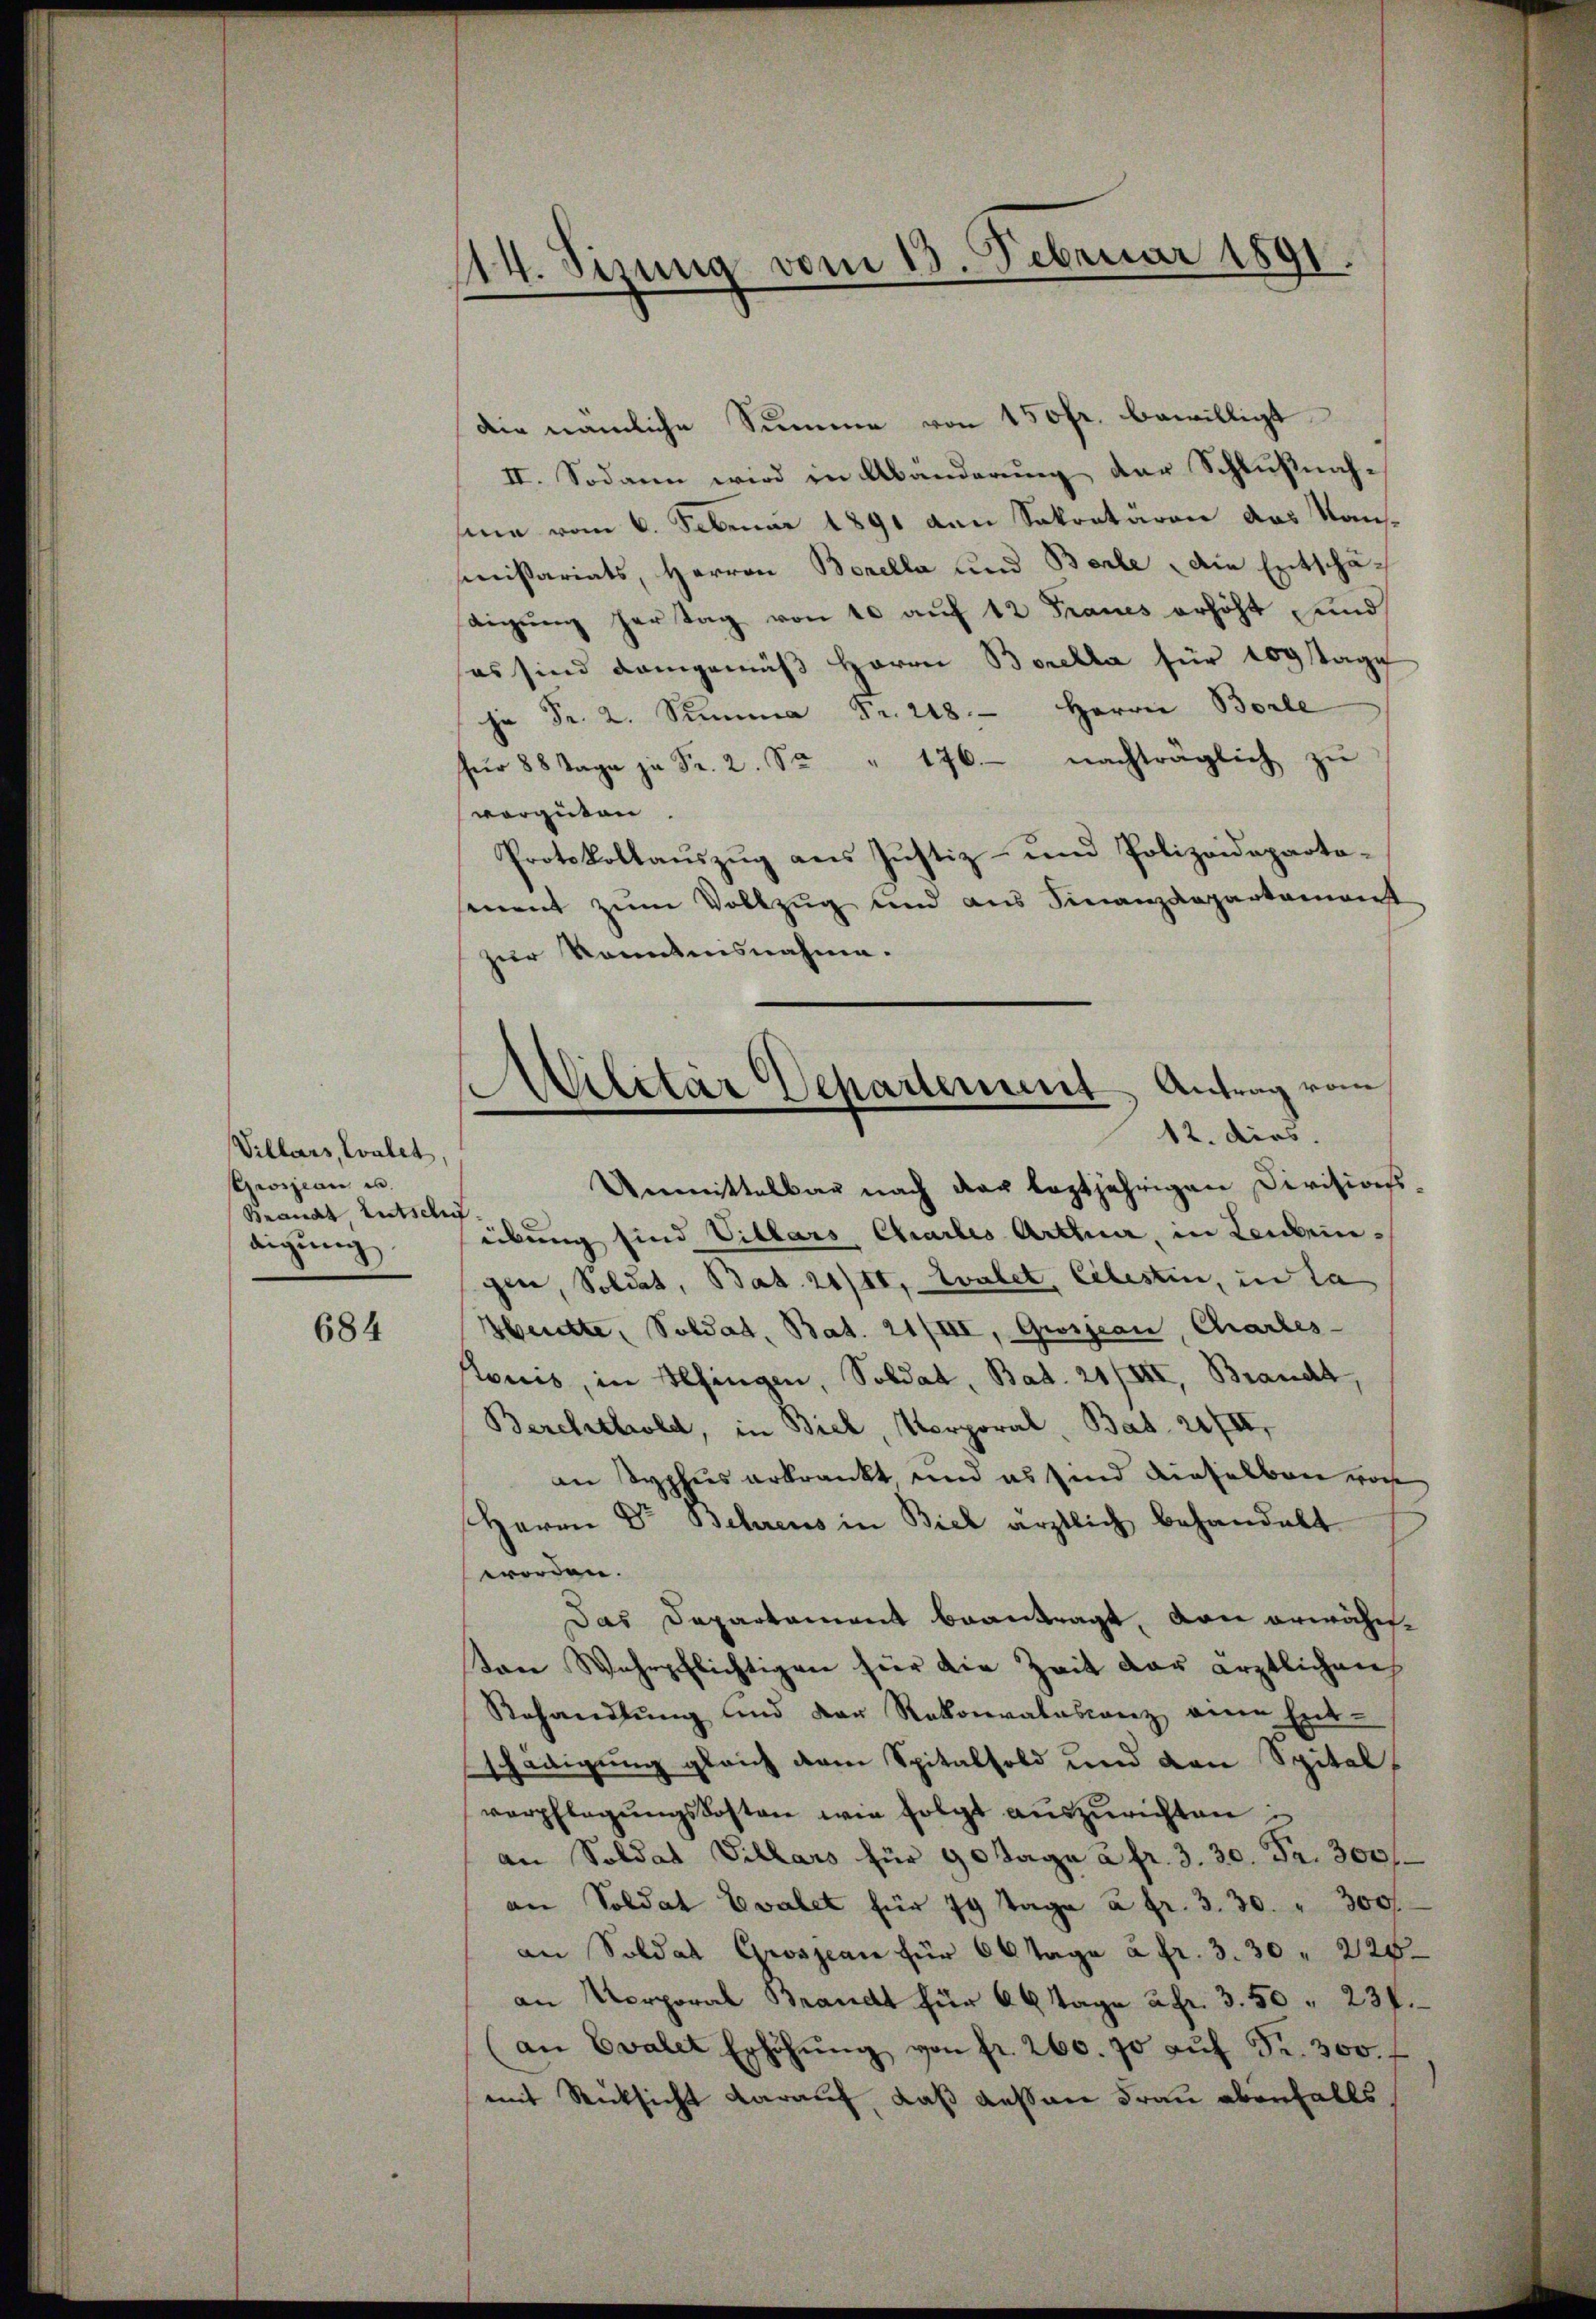
Villars, Evalet,
Grossian u.
Branat Entschu
digung

684

114. Sizung vom 13. Februar 1891.

die nämliche Summe von 150fr. bewilligt
II. Sodann wird in Abänderung der Schlußnahsine vom 6. Februar 1891 von Sekretären das Kausissariats, Herren Borella und Barle die Entschä-
tigung hertag von 10 auf 12 Fraues erhöht und
es sind demgemäβ Herrn Borella für 109 tage
 Fr. 2. Summa Fr. 248. Herrn Borle
für 88 Tage ja Fr. 2. Se " 176 nachträglich zŭ
vergüten.
Protokollauszug aus Justiz- und Polizeidepartosenent zŭm Vollzug und aus Finanzdepartement
zur Kenntnisnahme.

Militär Departement, Antrag vom
12. dies

Unmittelbar nach der leztjährigen Divisions-
übung sind Villars Charlis Arttuar, in Leibein-
gen, Soldat, Bat. 21/II, Zvalet, Celesten, in la
Heute, Soldat, Bat. 21/III, Gwijean, Chartes-
onis, in Pfingen, Soldat, Bat. 21/III, Braucht,
Berchthold, in Biel, Korporal, Bat. 21/II,
an Syphus erkrankt und es sind dieselben von
Herrn Dr Behrens in Biel ärztlich behandelt.
worden.
Das Departament beantragt, von erwähnton Wehrpflichtigen für die Zeit der ärztlichen
Behandlung und der Rekonvalescanz eine Ent-
schädigung gleich dem Spitalfold und von Spital,
verpflegŭngskosten wie folgt auszurichten:
an Soldat Villars für 90 Tage a fr. 3. 30. Fr. 3001.
an Soldat Evabet für 14 Tage à fr. 3. 30. " 300.
an Soldat Grossian für 60 Tage à fr. 3. 30. 228.
an Korporal Brandt für 66 Tage afr. 3. 50 " 230.
an Evalet Erhöhŭng von fr. 260. 70 aŭf Fr. 300.
mit Rücksicht darauf, daß dessen Frau ebenfalls